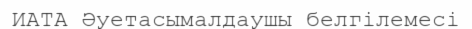
ИАТА Әуетасымалдаушы белгілемесі